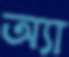
অ্যা